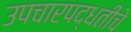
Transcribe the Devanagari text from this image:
उपचारपद्धतीचे